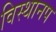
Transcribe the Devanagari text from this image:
विस्थानप